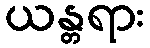
ယန္တရား